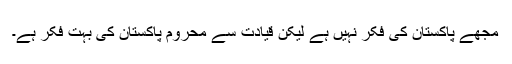
مجھے پاکستان کی فکر نہیں ہے لیکن قیادت سے محروم پاکستان کی بہت فکر ہے۔